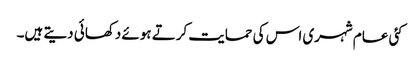
کئی عام شہری اس کی حمایت کرتے ہوئے دکھائی دیتے ہیں۔